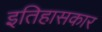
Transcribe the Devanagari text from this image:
इतिहासकार